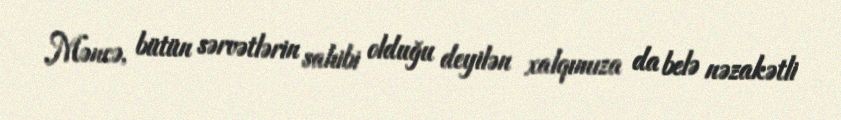
Məncə, bütün sərvətlərin sahibi olduğu deyilən xalqımıza da belə nəzakətli